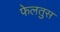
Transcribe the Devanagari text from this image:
फेलतुस